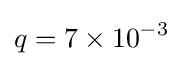
q=7\times 10^{-3}